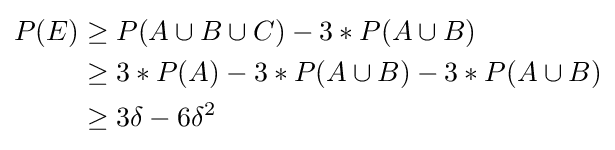
{\begin{aligned}P(E)&\geq P(A\cup B\cup C)-3*P(A\cup B)\\&\geq 3*P(A)-3*P(A\cup B)-3*P(A\cup B)\\&\geq 3\delta -6\delta ^{2}\end{aligned}}